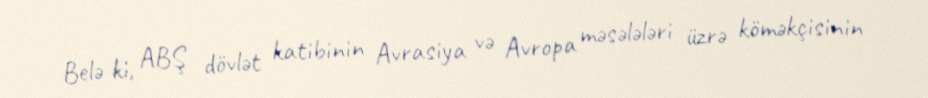
Belə ki, ABŞ dövlət katibinin Avrasiya və Avropa məsələləri üzrə köməkçisinin